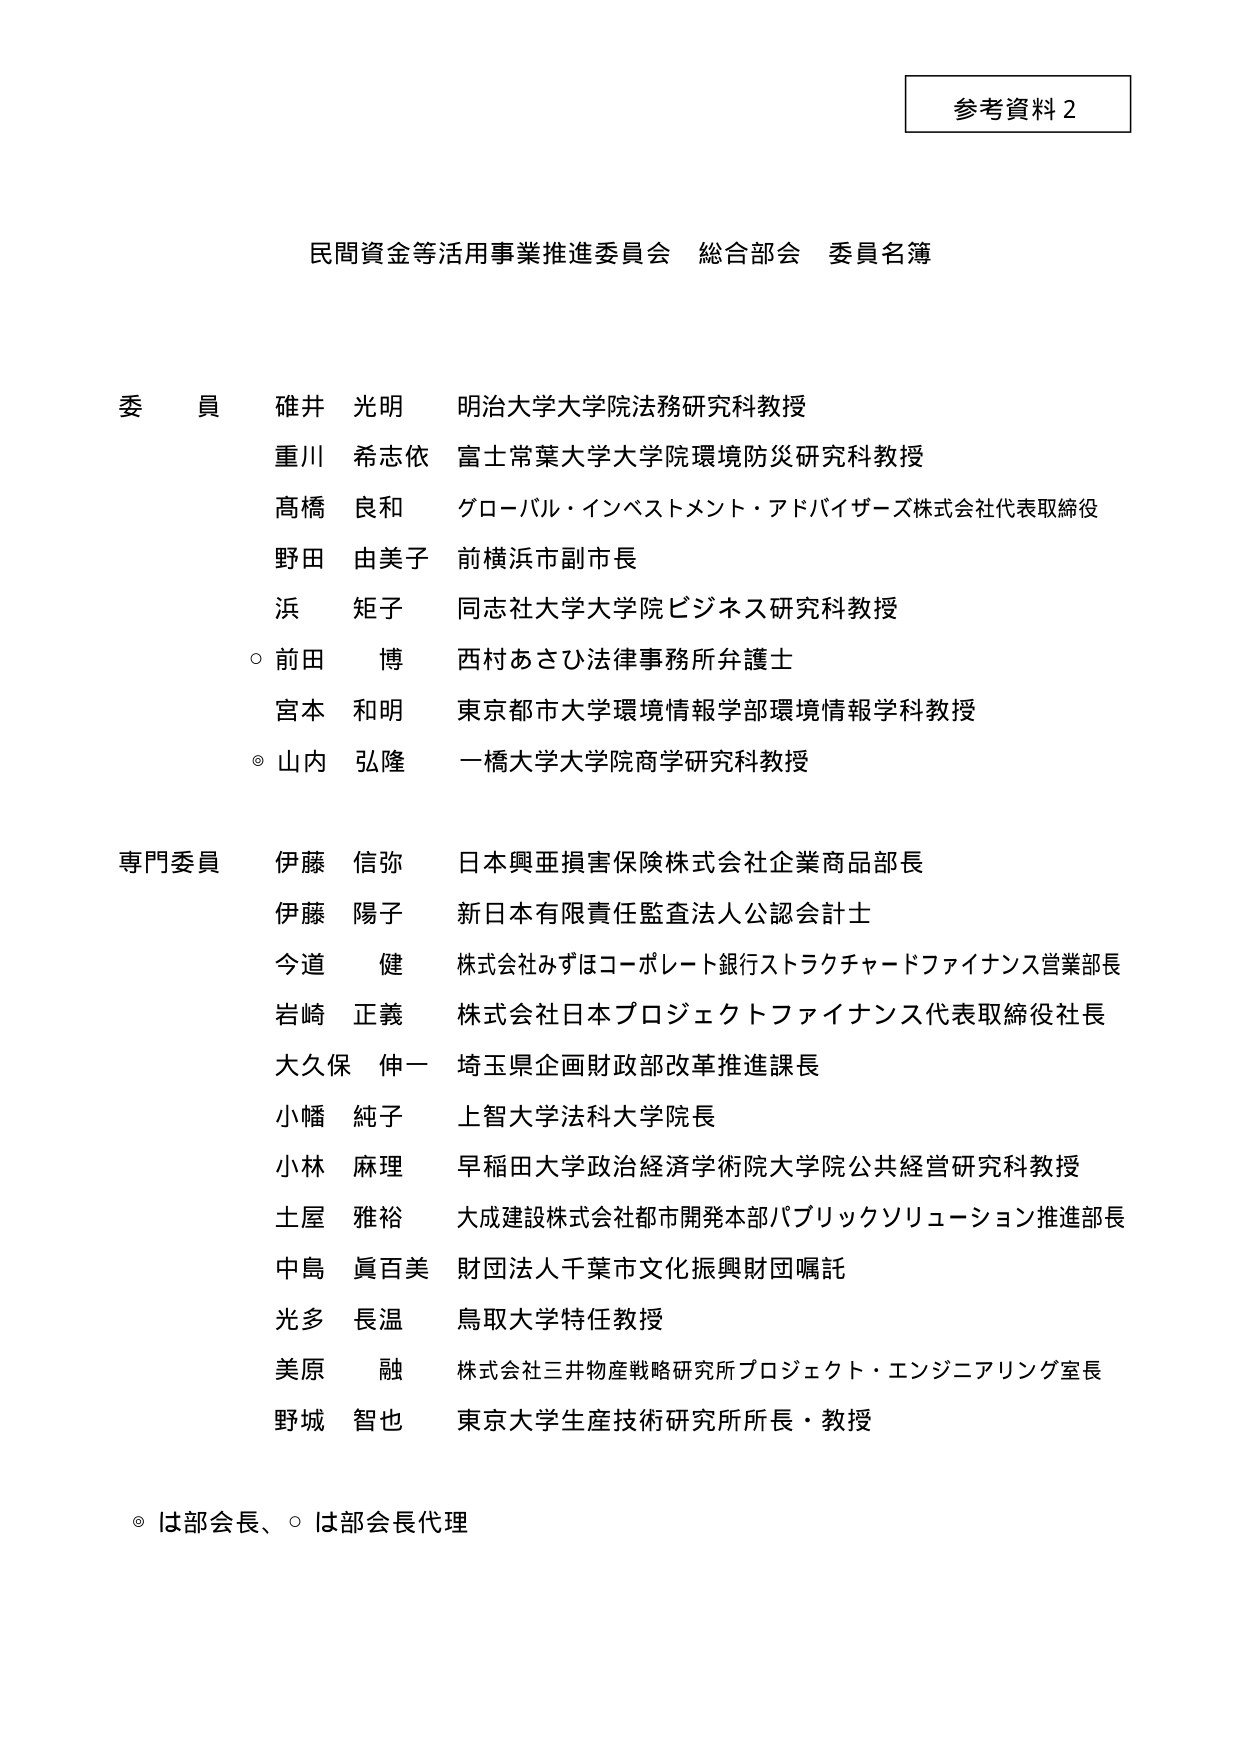
参考資料２

民間資金等活用事業推進委員会 総合部会 委員名簿

委員
碓井 光明 明治大学大学院法務研究科教授
重川 希志依 富士常葉大学大学院環境防災研究科教授
髙橋 良和 グローバル・インベストメント・アドバイザーズ株式会社代表取締役
野田 由美子 前横浜市副市長
浜 矩子 同志社大学大学院ビジネス研究科教授
○ 前田 博 西村あさひ法律事務所弁護士
宮本 和明 東京都市大学環境情報学部環境情報学科教授
◎ 山内 弘隆 一橋大学大学院商学研究科教授

専門委員
伊藤 信弥 日本興亜損害保険株式会社企業商品部長
伊藤 陽子 新日本有限責任監査法人公認会計士
今道 健 株式会社みずほコーポレート銀行ストラクチャードファイナンス営業部長
岩崎 正義 株式会社日本プロジェクトファイナンス代表取締役社長
大久保 伸一 埼玉県企画財政部改革推進課長
小幡 純子 上智大学法科大学院長
小林 麻理 早稲田大学政治経済学術院大学院公共経営研究科教授
土屋 雅裕 大成建設株式会社都市開発本部パブリックソリューション推進部長
中島 眞百美 財団法人千葉市文化振興財団嘱託
光多 長温 鳥取大学特任教授
美原 融 株式会社三井物産戦略研究所プロジェクト・エンジニアリング室長
野城 智也 東京大学生産技術研究所所長・教授

◎ は部会長、○ は部会長代理